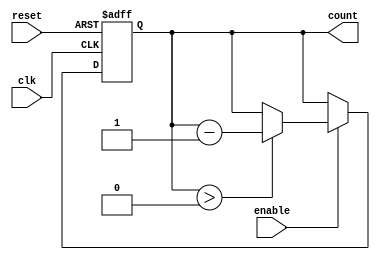
module MemoryBlocksDownCounter #(
    parameter N = 8 // Parameter to define the maximum count value (N)
)(
    input wire clk,        // Clock signal
    input wire reset,      // Asynchronous reset signal
    input wire enable,     // Enable signal to control counting
    output reg [N-1:0] count // Current count value
);

    // Initial value for the count
    initial begin
        count = N; // Initialize count to N
    end

    // Always block triggered on the rising edge of the clock or reset
    always @(posedge clk or posedge reset) begin
        if (reset) begin
            count <= N; // Reset count to N
        end else if (enable) begin
            if (count > 0) begin
                count <= count - 1; // Decrement count if greater than zero
            end
        end
    end

endmodule